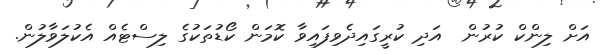
އަށް ލިންކް ކުރުން  އަދި ކުރީގައިދެވިފައިވާ ކޮމަން ކޯޑުތަކުގެ ލިސްޓެއް އެކުލަވާލުން.